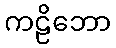
ကဠိဘော